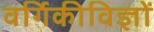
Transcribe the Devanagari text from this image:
वर्गिकीविज्ञों